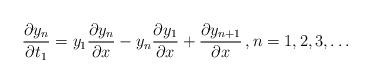
LaTeX: \begin{align*} \frac{\partial y_n}{\partial t_1}=y_1 \frac{\partial y_n}{\partial x}- y_n \frac{\partial y_1}{\partial x}+\frac{\partial y_{n+1}}{\partial x}\, , n=1,2,3,\dots \end{align*}